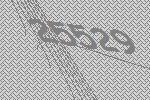
25529